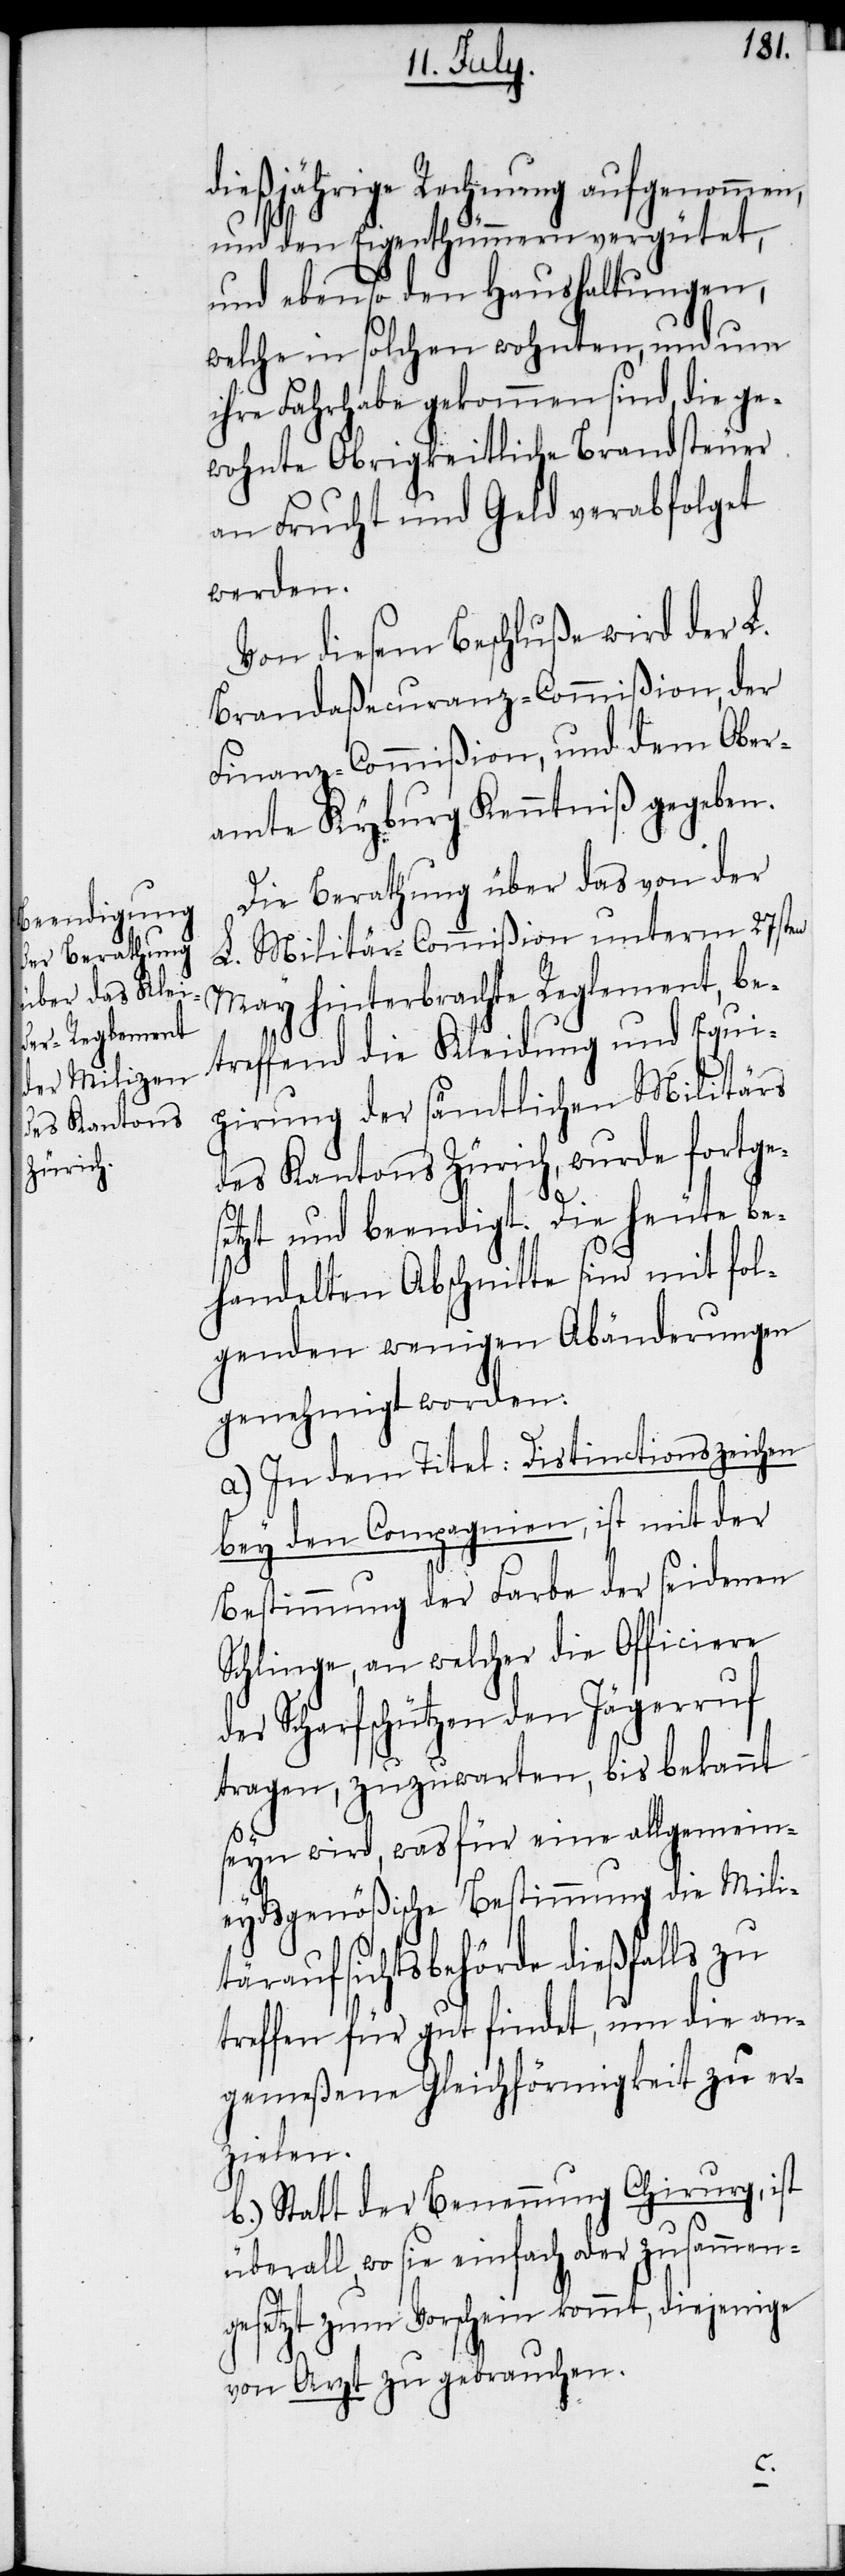
dießjährige Rechnung aufgenommen,
und den Eigenthümmern vergütet,
und ebenso den Haushaltungen,
welche in solchen wohnten, und um
ihre Fahrhabe gekommen sind, die ge¬
wohnte Obrigkeitliche Brandsteuer
an Frucht und Geld verabfolget
werden.
Von diesem Beschluße wird der L.
Brandaßecuranz-Commißion, der
Finanz-Commißion, und dem Ober¬
amte Kyburg Kenntniß gegeben.
Die Berathung über das von der
L. Militär-Commißion unterm 27sten
May hinterbrachte Reglement, be¬
treffend die Kleidung und Equi¬
pirung der sämtlichen Militärs
des Kantons Zürich, wurde fortge¬
setzt und beendigt. Die heute be¬
handelten Abschnitte sind mit fol¬
genden wenigen Abänderungen
genehmigt worden.
a.) In dem Titel: Distinctionszeichen
bey den Compagnien, ist mit der
Bestimmung der Farbe der seidenen
Schlinge, an welcher die Officiere
der Scharfschützen den Jägerruf
tragen, zuzuwarten, bis bekannt
seyn wird, was für eine allgemein¬
eydsgenößische Bestimmung die Mili¬
täraufsichtsbehörde dießfalls zu
treffen für gut findet, um die an¬
gemeßene Gleichförmigkeit zu er¬
zielen.
b.) Statt der Benennung Chirurg, ist
überall, wo sie einfach oder zusammen¬
gesetzt zum Vorschein kommt, diejenige
von Arzt zu gebrauchen.